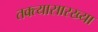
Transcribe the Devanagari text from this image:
तक्त्यासारख्या